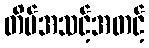
တိမ်အသင့်အတင့်